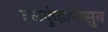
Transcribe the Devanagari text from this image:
हळकुंडापासुन